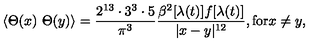
\langle \Theta ( x ) \ \Theta ( y ) \rangle = { \frac { 2 ^ { 1 3 } \cdot 3 ^ { 3 } \cdot 5 } { \pi ^ { 3 } } } \frac { \beta ^ { 2 } [ \lambda ( t ) ] f [ \lambda ( t ) ] } { | x - y | ^ { 1 2 } } , \mathrm { f o r } x \neq y ,